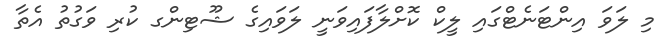
މި ލަވަ އިންޓަނެޓްގައި ލީކް ކޮށްލާފައިވަނީ ލަވައިގެ ޝޫޓިންގ ކުރި ވަގުތު އެތާ